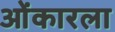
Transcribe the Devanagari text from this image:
ओंकारला